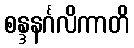
စန္ဒနင်္ဂလိကာတိ